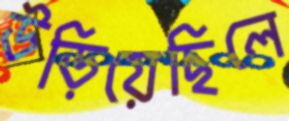
উড়িয়েছিলে